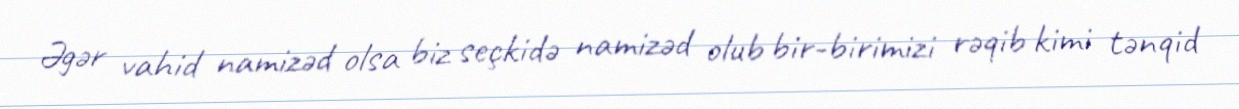
Əgər vahid namizəd olsa biz seçkidə namizəd olub bir-birimizi rəqib kimi tənqid